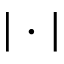
| \cdot |